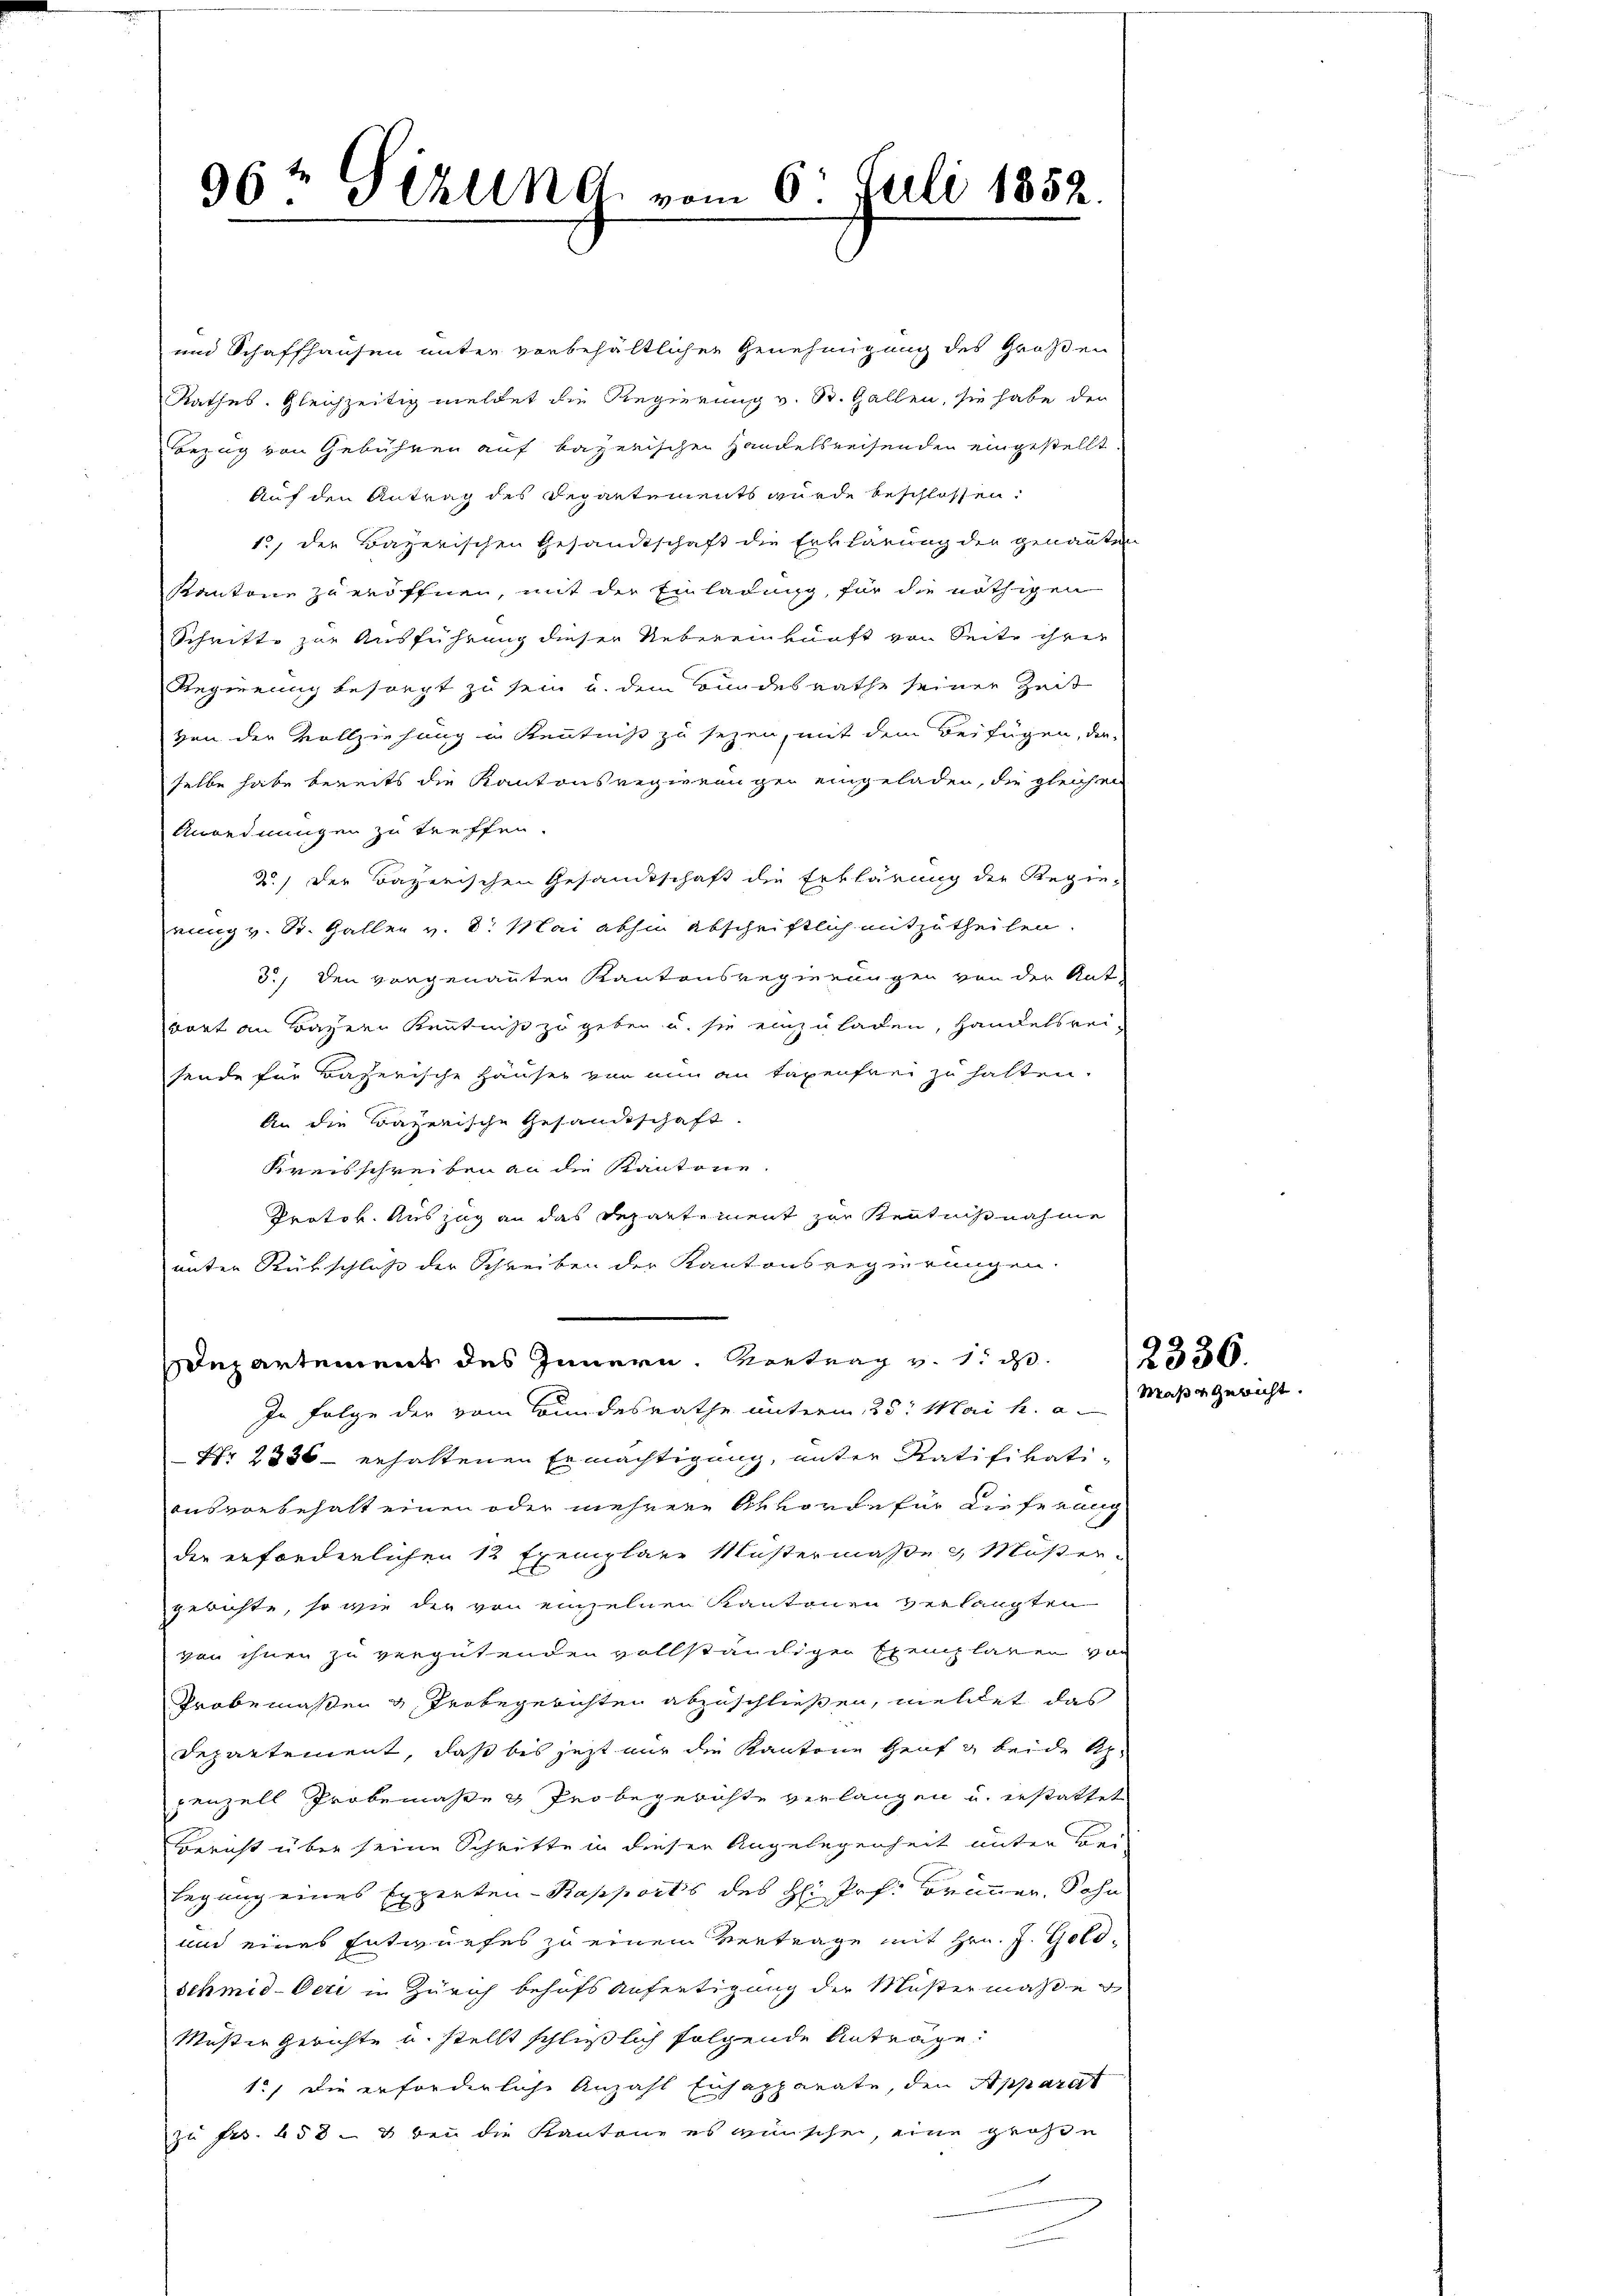
96 t Sekund vom 6. Juli 1852.

und Schaffhausen unter vorbehältlicher Genehmigung des Großen
Rathes. Gleichzeitig meldet die Regierung v. St. Gallen, sie habe der
Bezug von Gebühren auf bayerischen Handelsreisenden eingestellt.
Auf den Antrag des Departements wurde beschlossen:
1., den Bayerischen Gesandtschaft die Erklärung der genannten
Kantone zu eröffnen, mit der Einladung, für die nöthigen
Schritte zur Ausführung dieser Uebereinkunft von Seite ihrer
Regierung besorgt zu sein u. dem Bundesrathe seiner Zeit
von der Vollziehung in Kenntniß zu sezen, mit dem Beifügen, der-
selbe habe bereits die Kantonsregierungen eingeladen, die gleichen
Anordnungen zu treffen.
20) Der Bazerischen Gesandtschaft die Erklärung der Regie-
rung v. St. Gallen v. 8. Mai abhin abschriftlich mitzutheilen.
3.) Den vorgenannten Kantonsregierungen von der Ant-
wort an Bayern Kenntniß zu geben u. sie einzuladen, Handelsrei-
sende für Baherische Häuser von nun an Tagenfrei zu halten.
An die Bazenische Gesandtschaft.
Kreisschreiben an die Kantone.
Protok. Auszug an das Departement zur Kentnißnahme
unter Rückschluß der Schreiben der Kantonsregierungen.
Departement des Innern. Vortrag v. 1. d.
In Folge der vom Bundesrathe unterm 25. Mai h. a.
Nr 2336 - erhaltenen Ermächtigung, unter Ratifikatiausvorbehalt einen oder mehrere Ahvorde für dieferung
der erforderlichen 12 Exemplare Mustermaße & Müßer-
gerichte, so wie der von einzelnen Kantonen verlangten
von ihnen zu vergütenden vollständigen Exemplaren von
Probemaßen & Trobegerichten abzuschließen, mellet das
Departement, daß bis jetzt nur die Kantone Genf g beide Sp
penzell Probemaße & Probegerichte verlangen u. erstattet
Bericht über seine Schritte in dieser Angelegenheit unter Bei-
legung eines Experten-Kapports des H: Prof. Brunner, Sohn
und eines Entwurfes zu einem Vertrage mit Hrn. J. Goldschmid-Oeri in Zürich behufs Anfertigung der Mustermaße
Meser Gerichte u. stellt schließlich folgende Antrage:
1., die erforderliche Anzahl Enhapparate, den Apparat
zu Frs. 458 - 8 bei die Kantone es wünschen, eine große

2336
Maße gericht.